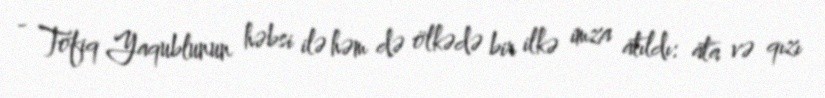
- Tofiq Yaqublunun həbsi ilə həm də ölkədə bir ilkə imza atıldı: ata və qızı